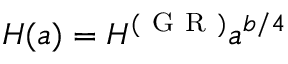
H ( a ) = H ^ { ( \mathrm { ~ G ~ R ~ } ) } a ^ { b / 4 }